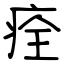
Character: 痊